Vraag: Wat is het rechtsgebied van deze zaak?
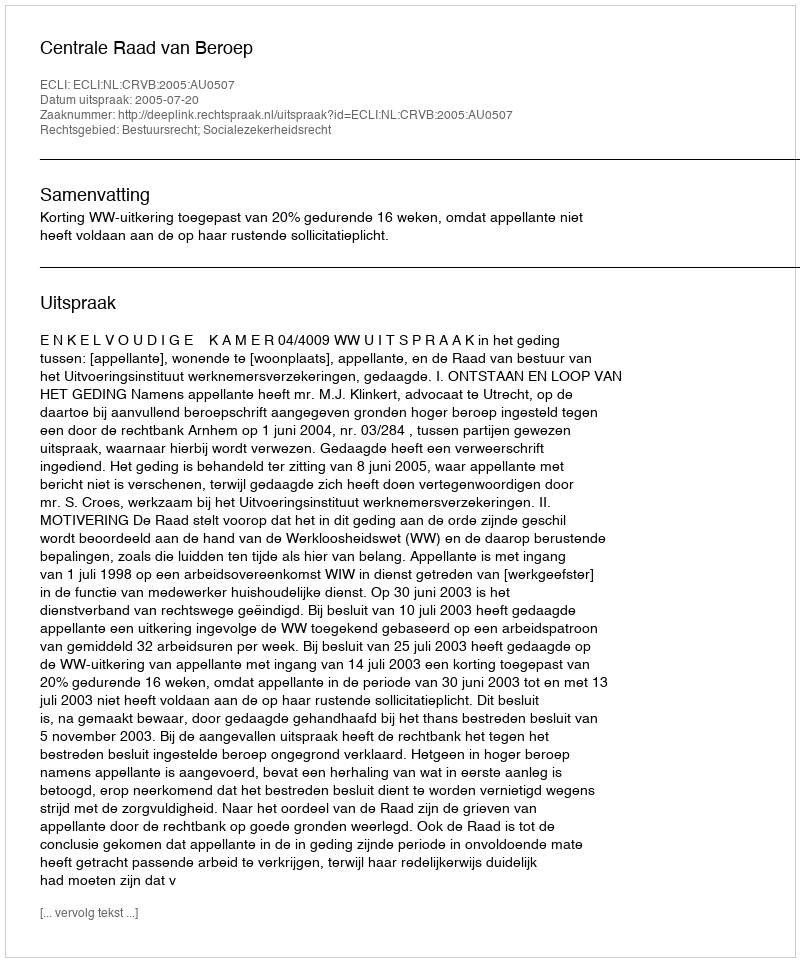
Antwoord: Bestuursrecht; Socialezekerheidsrecht